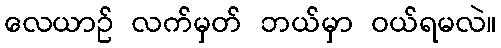
လေယာဉ် လက်မှတ် ဘယ်မှာ ဝယ်ရမလဲ။